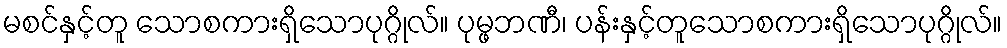
မစင်နှင့်တူ သောစကားရှိသောပုဂ္ဂိုလ်။ ပုမ္ဖဘဏီ၊ ပန်းနှင့်တူသောစကားရှိသောပုဂ္ဂိုလ်။